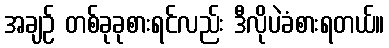
အချဉ် တစ်ခုခုစားရင်လည်း ဒီလိုပဲခံစားရတယ်။